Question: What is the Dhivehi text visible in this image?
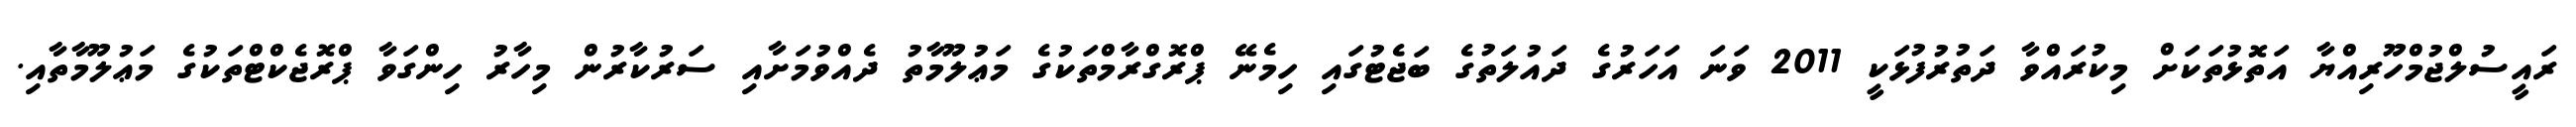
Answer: ރައީސުލްޖުމްހޫރިއްޔާ އަތޮޅުތަކަށް މިކުރައްވާ ދަތުރުފުޅަކީ 2011 ވަނަ އަހަރުގެ ދައުލަތުގެ ބަޖެޓުގައި ހިމެނޭ ޕްރޮގްރާމްތަކުގެ މަޢުލޫމާތު ދެއްވުމަށާއި ސަރުކާރުން މިހާރު ހިންގަވާ ޕްރޮޖެކްޓްތަކުގެ މަޢުލޫމާތާއި.